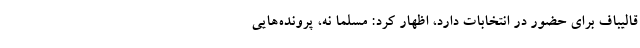
قالیباف برای حضور در انتخابات دارد، اظهار کرد: مسلما نه، پرونده‌هایی